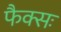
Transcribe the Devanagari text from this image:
फैक्सः